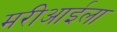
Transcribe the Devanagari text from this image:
मरीआईला